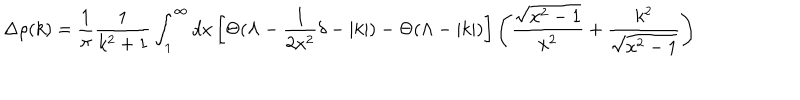
LaTeX: \Delta \rho ( k ) = \frac { 1 } { \pi } \frac { 1 } { k ^ { 2 } + 1 } \int _ { 1 } ^ { \infty } d x \left[ \Theta ( \Lambda - \frac { 1 } { 2 x ^ { 2 } } \delta - | k | ) - \Theta ( \Lambda - | k | ) \right] \left( \frac { \sqrt { x ^ { 2 } - 1 } } { x ^ { 2 } } + \frac { k ^ { 2 } } { \sqrt { x ^ { 2 } - 1 } } \right)